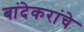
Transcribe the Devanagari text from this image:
बांदेकरांचे